Civil Veterinary Department Bihar reports 1940-50 - 1940-1950
Year: 1940
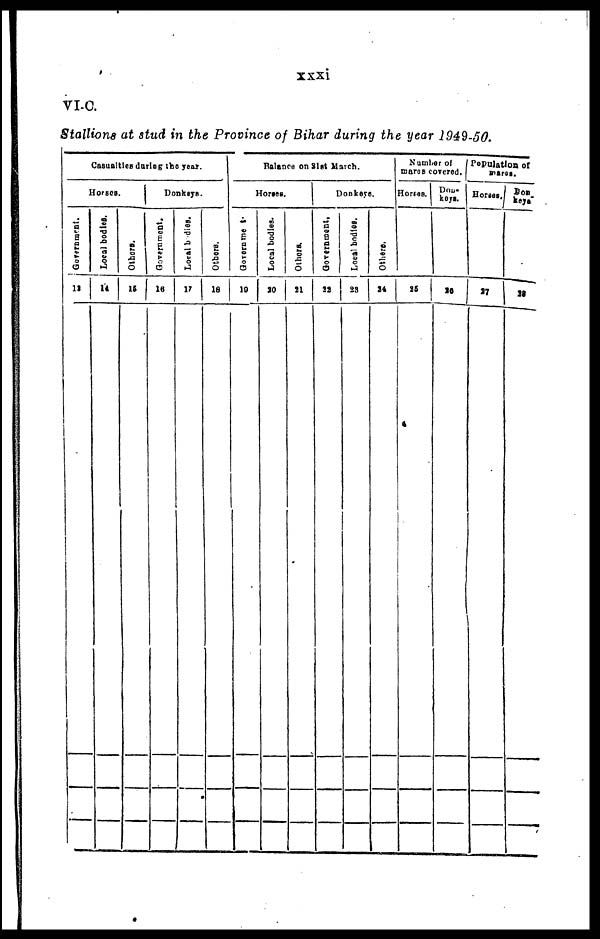
xxxi
VI-C.
Stallions at stud in the Province of Bihar during the year 1949-50.
Casualties during the year.
Horses.
Government.
11
Local bodies.
12
Others.
15
Donkeys.
Government.
16
Local bodies.
17
Others.
18
Balance on 31st March.
Horses.
Government.
19
Local bodies.
20
Others.
21
Donkeys.
Government,
22
Local bodies.
23
Others.
24
Number of
mares covered.
Horses.
25
Don-
keys.
26
Population of
mares.
Horses.
27
DON-
keys.
28